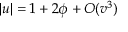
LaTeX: | u | = 1 + 2 \phi + O ( v ^ { 3 } )